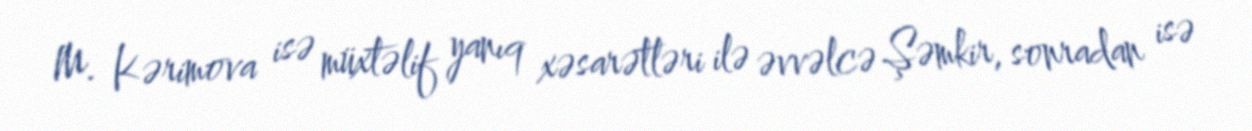
M. Kərimova isə müxtəlif yanıq xəsarətləri ilə əvvəlcə Şəmkir, sonradan isə